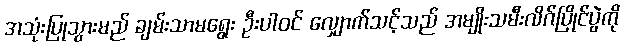
အသုံးပြုသွားမည် ချမ်းသာမရွေး ဦးပါဝင် လျှောက်သင့်သည် အမျိုးသမီးလိဂ်ပြိုင်ပွဲကို